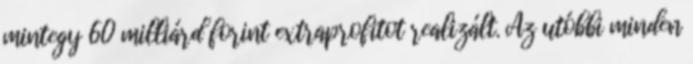
mintegy 60 milliárd forint extraprofitot realizált. Az utóbbi minden